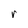
Character: r